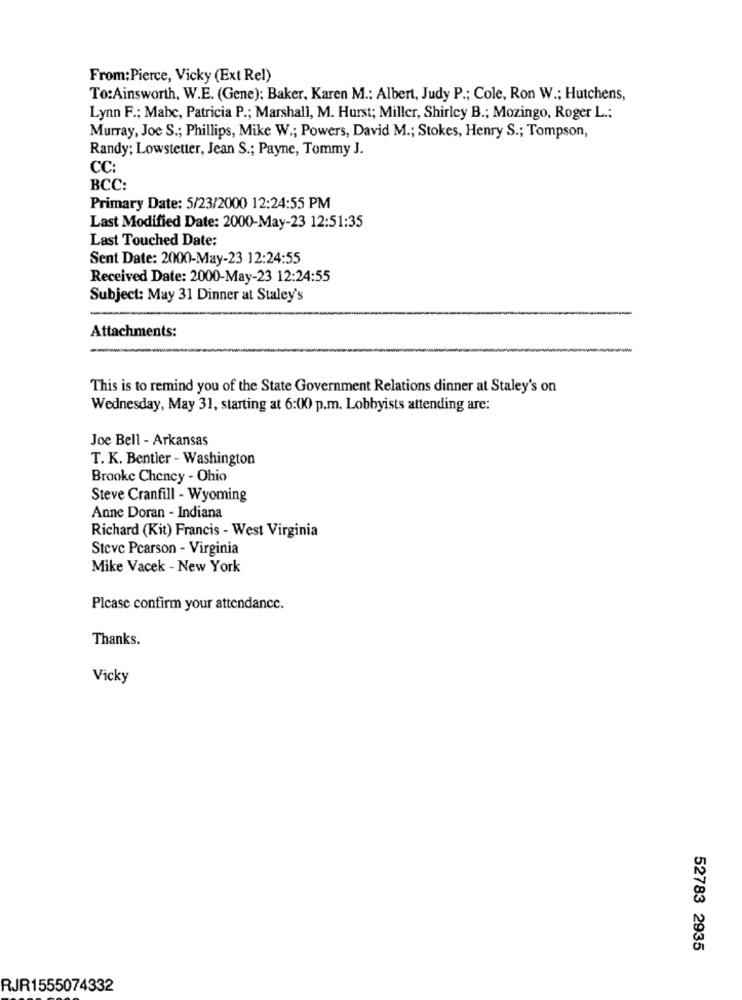
From:Pierce, Vicky (Ext Rel)
To:Ainsworth, W.E. (Gene): Baker, Karen M .; Albert, Judy P .; Cole, Ron W .; Hutchens,
Lynn F .; Mabc, Patricia P .; Marshall, M. Hurst; Miller, Shirley B .; Mozingo, Roger L .;
Murray, Joe S .; Phillips, Mike W .; Powers, David M .; Stokes, Henry S .; Tompson,
Randy; Lowstetter, Jean S .; Payne, Tommy J.
CC:
BCC:
Primary Date: 5/23/2000 12:24:55 PM
Last Modified Date: 2000-May-23 12:51:35
Last Touched Date:
Sent Date: 2000-May-23 12:24:55
Received Date: 2000-May-23 12:24:55
Subject: May 31 Dinner at Staley's
Attachments:
This is to remind you of the State Government Relations dinner at Staley's on
Wednesday, May 31, starting at 6:00 p.m. Lobbyists attending are:
Joe Bell - Arkansas
T. K. Bentier - Washington
Brooke Chency - Ohio
Steve Cranfill - Wyoming
Anne Doran - Indiana
Richard (Kit) Francis - West Virginia
Steve Pcarson - Virginia
Mike Vacek - New York
Please confirm your attendance.
Thanks.
Vicky
52783 2935
RJR1555074332